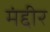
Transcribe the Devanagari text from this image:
मंद्दीर